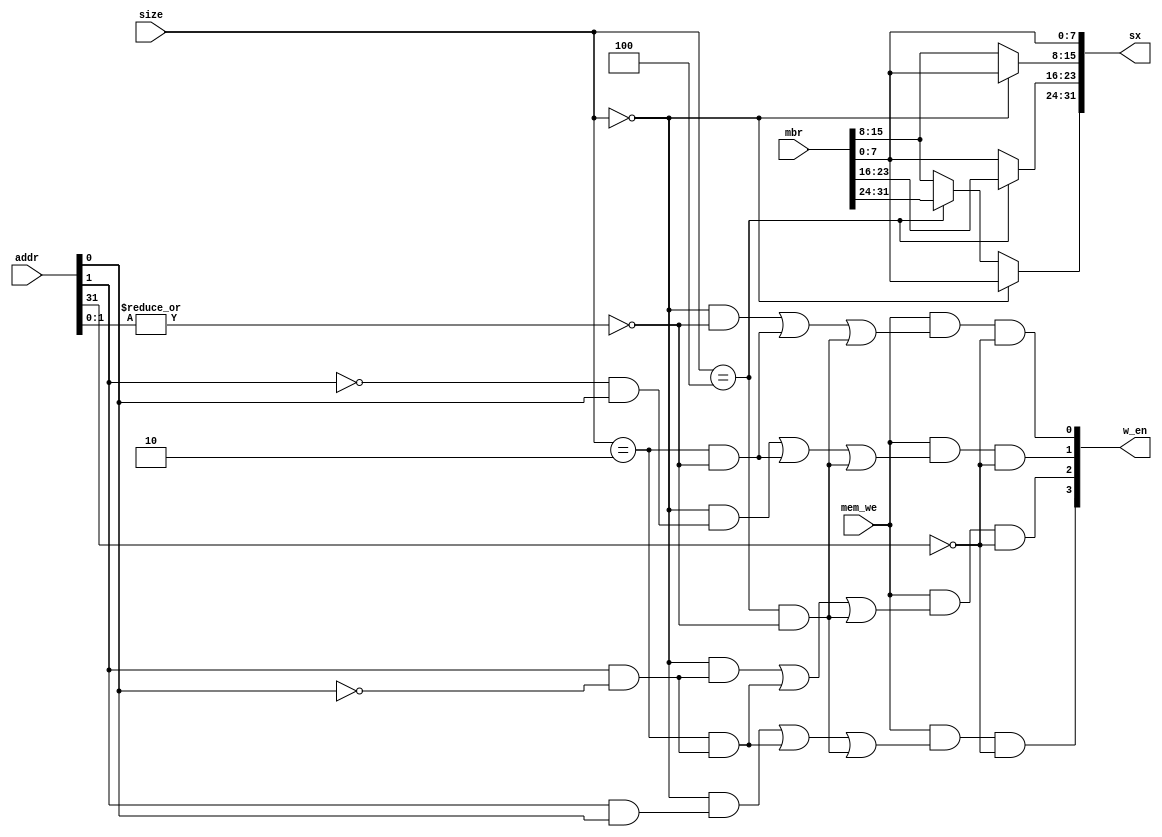
module mbr_sx_store(sx, w_en, mbr, size, mem_we, addr);
	input [31:0] mbr, addr;
	input [2:0] size;
    input mem_we;
	output [31:0] sx;
    output [3:0] w_en;


	wire mem_byte, mem_half, mem_word;
	
    parameter bit8  = 3'b0,
            bit16   = 3'b010,
            bit32   = 3'b100;

    assign mem_byte = size==bit8; 
    assign mem_half = size==bit16; 
    assign mem_word = size==bit32;

    // write enable signal for Main Memory. Each bit represents a byte masking. When the value is 1, the corresponding masked byte is  tten. When the value is 0, the corresponding byte is not written.
    assign w_en[0] = mem_we & ( ( mem_byte &    ~(|addr[1:0])      ) | (mem_half & ~(|addr[1:0]))        | (mem_word & ~(|addr[1:0])) ) & ~addr[31];
    assign w_en[1] = mem_we & ( ( mem_byte & (~addr[1] &  addr[0]) ) | (mem_half & ~(|addr[1:0]))        | (mem_word & ~(|addr[1:0])) ) & ~addr[31];
    assign w_en[2] = mem_we & ( ( mem_byte & ( addr[1] & ~addr[0]) ) | (mem_half & (addr[1] & ~addr[0])) | (mem_word & ~(|addr[1:0])) ) & ~addr[31];
    assign w_en[3] = mem_we & ( ( mem_byte & ( addr[1] &  addr[0]) ) | (mem_half & (addr[1] & ~addr[0])) | (mem_word & ~(|addr[1:0])) ) & ~addr[31];


    // first byte of input data to Main Memory port
    assign sx[7:0]   = mbr[7:0];

    // second byte of input data to Main Memory port
    assign sx[15:8]  = mem_byte ? mbr[7:0] :
                        mbr[15:8];

    // third byte of input data to Main Memory port
    assign sx[23:16] = mem_word ? mbr[23:16] :
                        mbr[7:0];

    // fourth byte of input data to Main Memory port
    assign sx[31:24] = mem_byte ? mbr[7:0] :
                        mem_word ? mbr[31:24] :
                        mbr[15:8];


endmodule